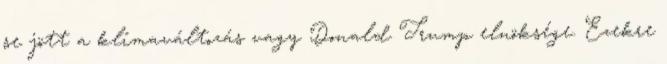
se jött a klímaváltozás vagy Donald Trump elnöksége. Ezekre